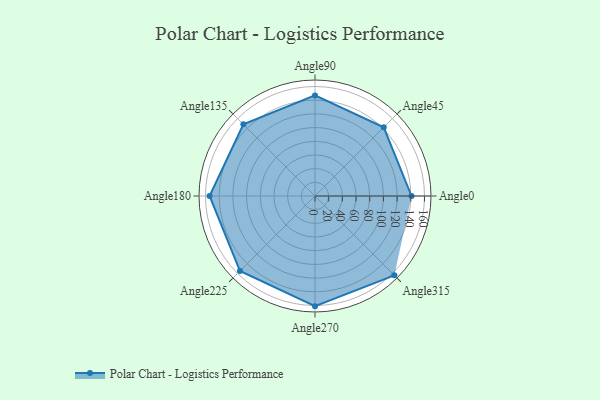
{"axis": {"x": "Angle", "y": "Radius"}, "legend": [""], "data": [{"x": "Angle0", "y": 141.0, "type": ""}, {"x": "Angle45", "y": 142.0, "type": ""}, {"x": "Angle90", "y": 147.0, "type": ""}, {"x": "Angle135", "y": 148.0, "type": ""}, {"x": "Angle180", "y": 154.0, "type": ""}, {"x": "Angle225", "y": 155.0, "type": ""}, {"x": "Angle270", "y": 161.0, "type": ""}, {"x": "Angle315", "y": 164.0, "type": ""}]}